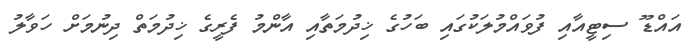
އައްޑޫ ސިޓީއާއި ފުވައްމުލަކުގައި ބަހުގެ ޚިދުމަތާއި އާންމު ފެރީގެ ޚިދުމަތް ދިނުމަށް ހަވާލު